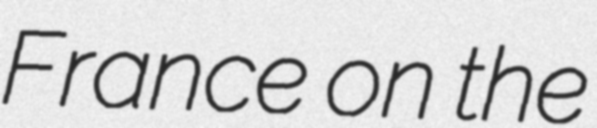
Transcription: France on the